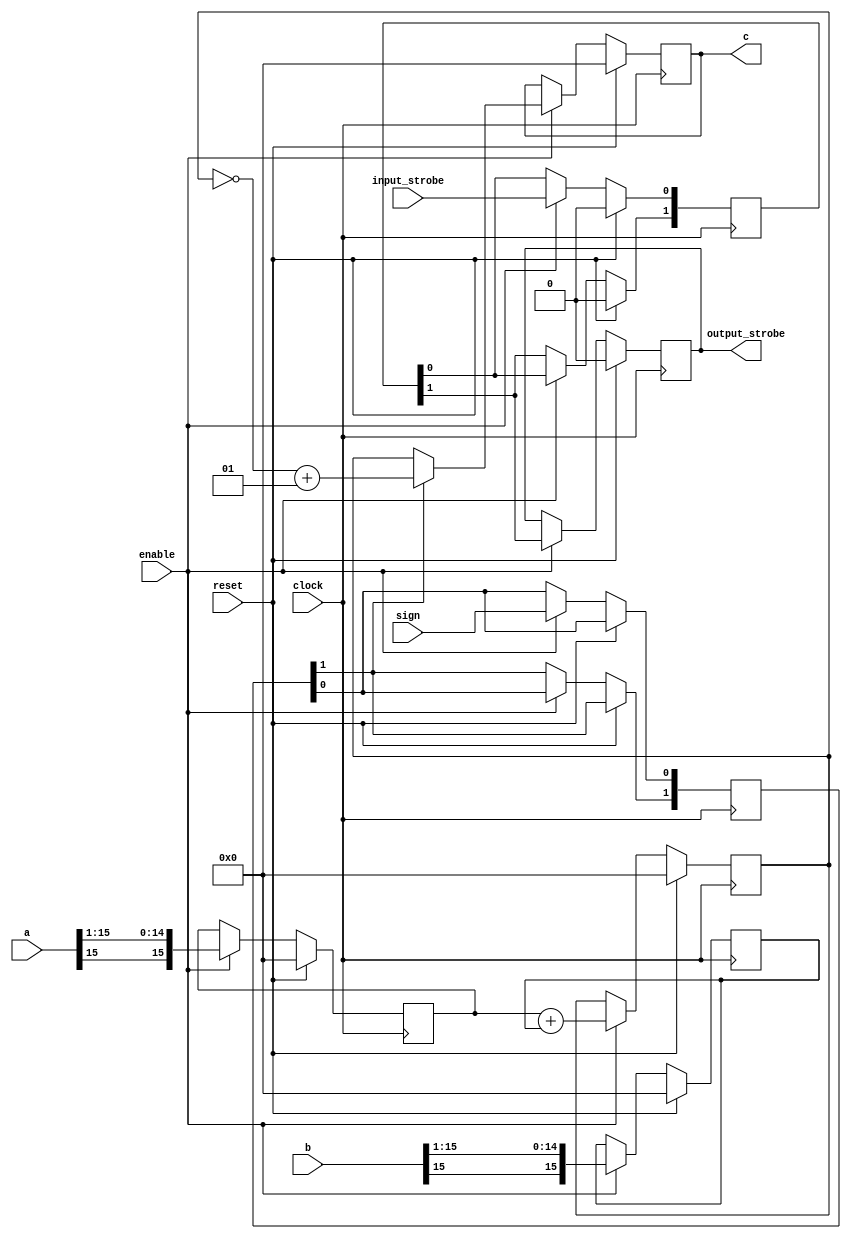
// This program was cloned from: https://github.com/jhshi/openofdm
// License: Apache License 2.0

module calc_mean
(
    input clock,
    input enable,
    input reset,

    input signed [15:0] a,
    input signed [15:0] b,
    input sign,
    input input_strobe,

    output reg signed [15:0] c,
    output reg output_strobe
);

reg signed [15:0] aa;
reg signed [15:0] bb;
reg signed [15:0] cc;

reg [1:0] delay;
reg [1:0] sign_stage;

always @(posedge clock) begin
    if (reset) begin
        aa <= 0;
        bb <= 0;
        cc <= 0;
        c <= 0;
        output_strobe <= 0;
        delay <= 0;
    end else if (enable) begin
        delay[0] <= input_strobe;
        delay[1] <= delay[0];
        output_strobe <= delay[1];
        sign_stage[1] <= sign_stage[0];
        sign_stage[0] <= sign;

        aa <= a>>>1;
        bb <= b>>>1;
        cc <= aa + bb;
        c <= sign_stage[1]? ~cc+1: cc;
    end
end

endmodule